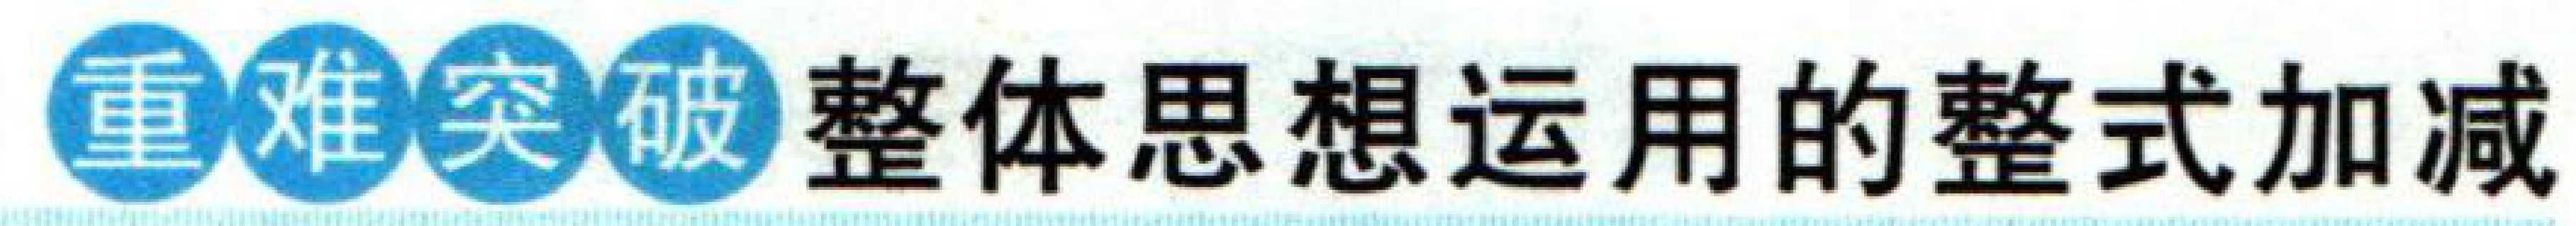
重难点突破 整体思想运用的整式加减